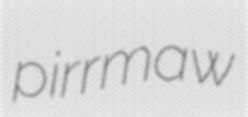
pirrmaw